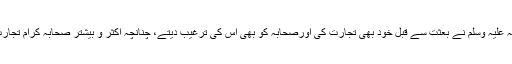
سید الانبیا صلی اللہ علیہ وسلم نے بعثت سے قبل خود بھی تجارت کی اورصحابہ کو بھی اس کی ترغیب دیتے، چنانچہ اکثر و بیشتر صحابہ کرام تجارت ہی کرتے تھے۔